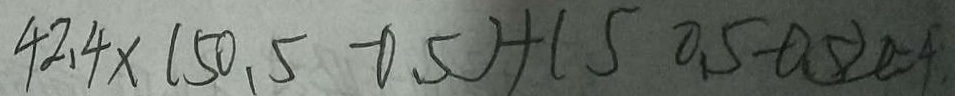
4 2 . 4 \times ( 5 0 . 5 - 0 . 5 ) + ( 5 0 . 5 - 0 . 5 ) = 4